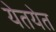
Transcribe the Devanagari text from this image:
येतयेत